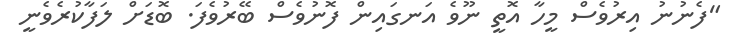
"ފެނުނު އިރުވެސް މީހާ އޮތީ ނޫވެ އަނގައިން ފޮނުވެސް ބޭރުވެފަ. ބޮޑަށް ލަފާކުރެވެނީ